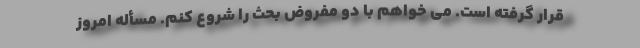
قرار گرفته است. می خواهم با دو مفروض بحث را شروع کنم. مسأله امروز